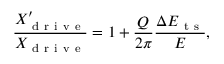
\frac { X _ { \mathrm { ~ d ~ r ~ i ~ v ~ e ~ } } ^ { \prime } } { X _ { \mathrm { ~ d ~ r ~ i ~ v ~ e ~ } } } = 1 + \frac { Q } { 2 \pi } \frac { \Delta E _ { \mathrm { ~ t ~ s ~ } } } { E } ,